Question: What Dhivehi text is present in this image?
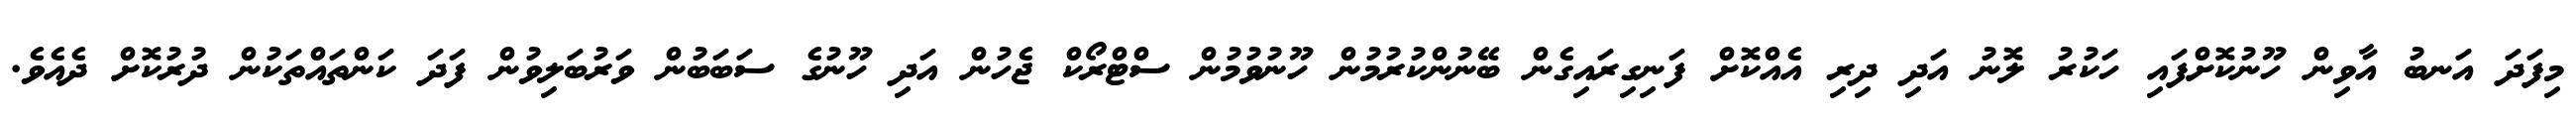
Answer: މިފަދަ އަނބު އާވިން ހޫނުކޮށްފައި ހަކުރު ލޮނު އަދި ދިރި އެއްކޮށް ފަނިގިރައިގެން ބޭނުންކުރުމުން ހޫނުވުމުން ސްޓްރޯކް ޖެހުން އަދި ހޫނުގެ ސަބަބުން ވަރުބަލިވުން ފަދަ ކަންތައްތަކުން ދުރުކޮށް ދެއެވެ.